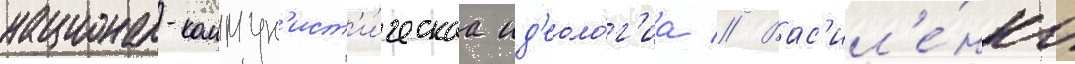
национал-коммун'ист'и́ческаа ид'еоло́г'иа // Вас'ил'е́нко